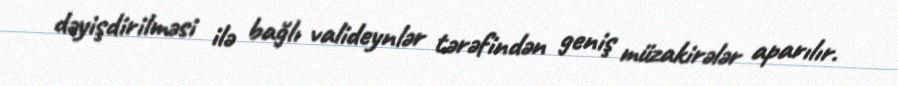
dəyişdirilməsi ilə bağlı valideynlər tərəfindən geniş müzakirələr aparılır.